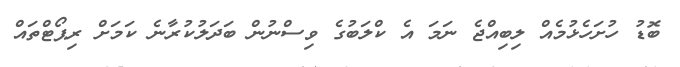
ބޮޑު ހުށަހެޅުމެއް ލިބިއްޖެ ނަމަ އެ ކްލަބުގެ ވިސްނުން ބަދަލުކުރާނެ ކަމަށް ރިޕޯޓްތައް